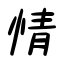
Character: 情